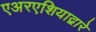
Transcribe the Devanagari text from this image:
एअरएशियाद्वारे